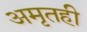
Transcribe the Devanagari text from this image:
अमृतही